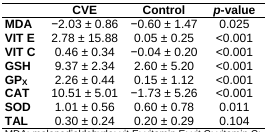
<table><thead><tr><td></td><td><b>CVE</b></td><td><b>Control</b></td><td><b><i>p</i>-value</b></td></tr></thead><tbody><tr><td><b>MDA</b></td><td>−2.03 ± 0.86</td><td>−0.60 ± 1.47</td><td>0.025</td></tr><tr><td><b>VIT E</b></td><td>2.78 ± 15.88</td><td>0.05 ± 0.25</td><td>&lt;0.001</td></tr><tr><td><b>VIT C</b></td><td>0.46 ± 0.34</td><td>−0.04 ± 0.20</td><td>&lt;0.001</td></tr><tr><td><b>GSH</b></td><td>9.37 ± 2.34</td><td>2.60 ± 5.20</td><td>&lt;0.001</td></tr><tr><td><b>GP</b><b><sub>X</sub></b></td><td>2.26 ± 0.44</td><td>0.15 ± 1.12</td><td>&lt;0.001</td></tr><tr><td><b>CAT</b></td><td>10.51 ± 5.01</td><td>−1.73 ± 5.26</td><td>&lt;0.001</td></tr><tr><td><b>SOD</b></td><td>1.01 ± 0.56</td><td>0.60 ± 0.78</td><td>0.011</td></tr><tr><td><b>TAL</b></td><td>0.30 ± 0.24</td><td>0.20 ± 0.29</td><td>0.104</td></tr></tbody></table>